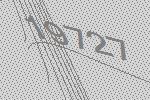
19727